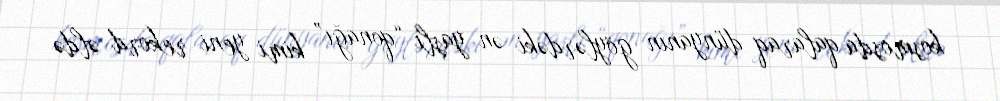
kosmosda qalaraq dünyanın göylərdəki ən yaşlı “qonağı” kimi yeni rekord əldə